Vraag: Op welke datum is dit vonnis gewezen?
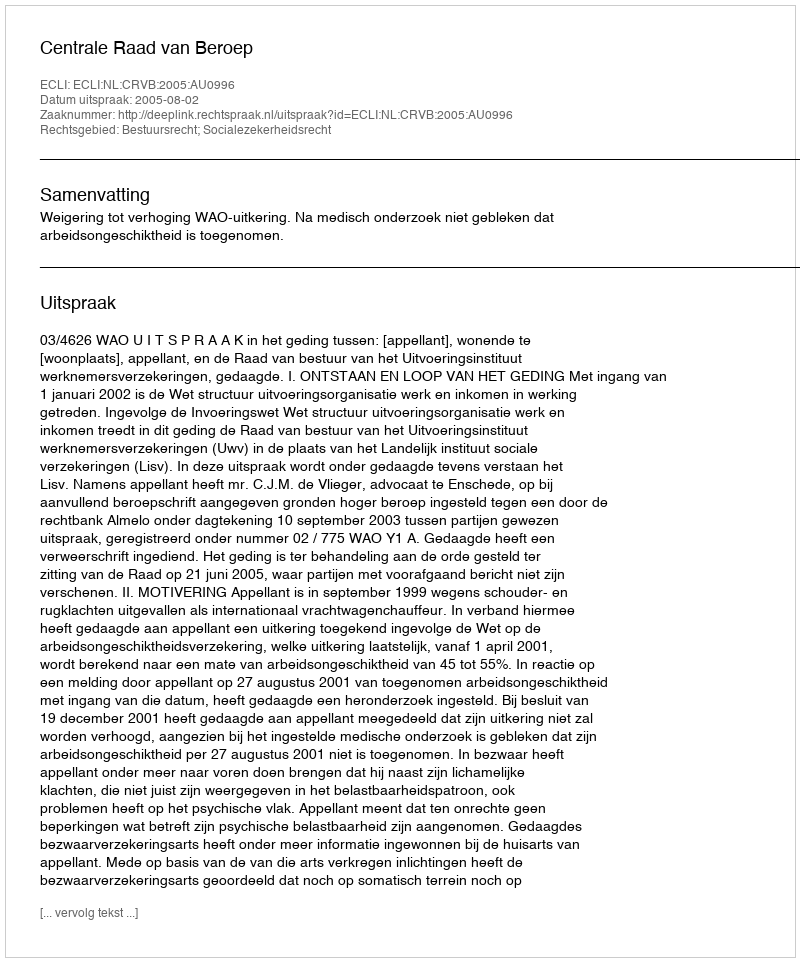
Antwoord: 2005-08-02